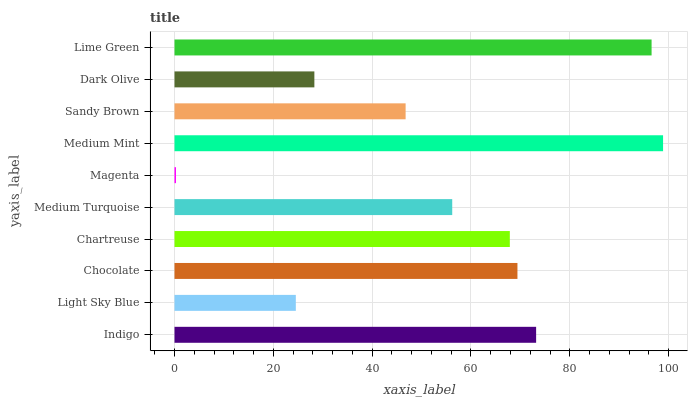
| yaxis_label | bars |
 | --- | --- |
 | Indigo | 73.2 |
 | Light Sky Blue | 24.6 |
 | Chocolate | 69.4 |
 | Chartreuse | 67.9 |
 | Medium Turquoise | 56.2 |
 | Magenta | 0.3 |
 | Medium Mint | 98.9 |
 | Sandy Brown | 46.8 |
 | Dark Olive | 28.3 |
 | Lime Green | 96.5 |